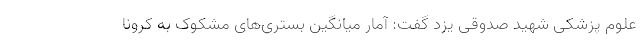
علوم پزشکی شهید صدوقی یزد گفت: آمار میانگین بستری‌های مشکوک به کرونا